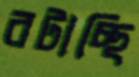
রটাচ্ছি